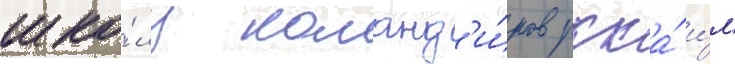
шко́лу команд'и́ров ркка́ и́м